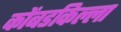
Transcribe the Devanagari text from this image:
कोंबडकिल्ला